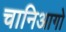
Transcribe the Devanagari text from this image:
चानिआगो